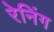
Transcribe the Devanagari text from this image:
रेनिंग